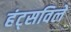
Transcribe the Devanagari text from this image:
हंट्सविले